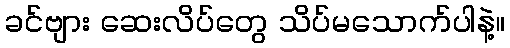
ခင်ဗျား ဆေးလိပ်တွေ သိပ်မသောက်ပါနဲ့။